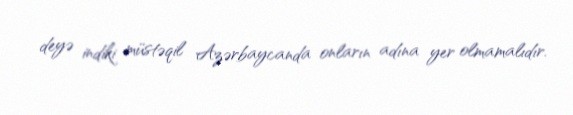
deyə indiki müstəqil Azərbaycanda onların adına yer olmamalıdır.